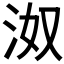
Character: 𰛝